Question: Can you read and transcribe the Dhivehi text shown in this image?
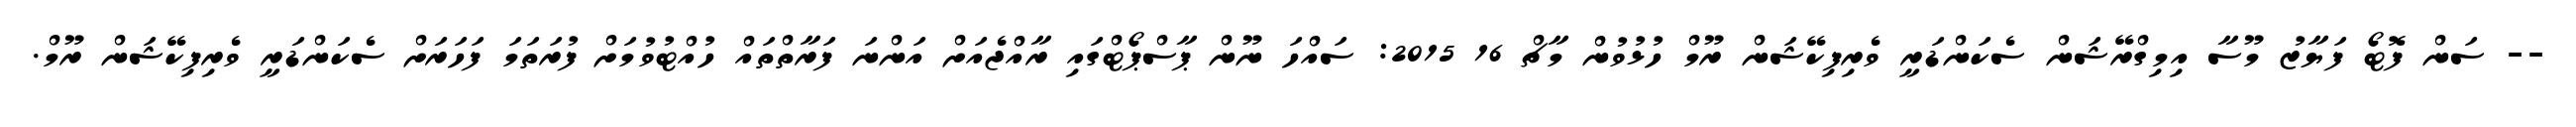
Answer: -- ސަން ފޮޓޯ ފަޔާޒު މޫސާ އިމިގްރޭޝަން ސެކަންޑަރީ ވެރިފިކޭޝަން ރޫމް ހުޅުވުން މާޗް 16 2015: ސައްހަ ނޫން ޕާސްޕޯޓްގައި ރާއްޖެއަށް އަންނަ ފަރާތްތައް ހުއްޓުވުމަށް ފުރަތަމަ ފަހަރަށް ސެކަންޑަރީ ވެރިފިކޭޝަން ރޫމް.